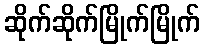
ဆိုက်ဆိုက်မြိုက်မြိုက်